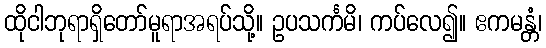
ထိုငါဘုရာရှိတော်မူရာအရပ်သို့။ ဥပသင်္ကမိ၊ ကပ်လေ၍။ ဧကမန္တံ၊